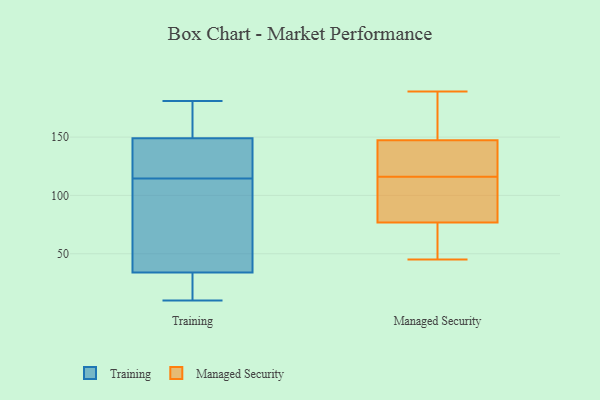
{"axis": {"x": "Latency (ms)", "y": "Value"}, "legend": ["Managed Security", "Training"], "data": [{"x": "", "y": 165, "type": "Training"}, {"x": "", "y": 116, "type": "Training"}, {"x": "", "y": 11, "type": "Training"}, {"x": "", "y": 122, "type": "Training"}, {"x": "", "y": 66, "type": "Training"}, {"x": "", "y": 24, "type": "Training"}, {"x": "", "y": 53, "type": "Training"}, {"x": "", "y": 119, "type": "Training"}, {"x": "", "y": 179, "type": "Training"}, {"x": "", "y": 10, "type": "Training"}, {"x": "", "y": 149, "type": "Training"}, {"x": "", "y": 113, "type": "Training"}, {"x": "", "y": 13, "type": "Training"}, {"x": "", "y": 113, "type": "Training"}, {"x": "", "y": 34, "type": "Training"}, {"x": "", "y": 175, "type": "Training"}, {"x": "", "y": 131, "type": "Training"}, {"x": "", "y": 181, "type": "Training"}, {"x": "", "y": 181, "type": "Managed Security"}, {"x": "", "y": 64, "type": "Managed Security"}, {"x": "", "y": 82, "type": "Managed Security"}, {"x": "", "y": 108, "type": "Managed Security"}, {"x": "", "y": 189, "type": "Managed Security"}, {"x": "", "y": 188, "type": "Managed Security"}, {"x": "", "y": 136, "type": "Managed Security"}, {"x": "", "y": 45, "type": "Managed Security"}, {"x": "", "y": 75, "type": "Managed Security"}, {"x": "", "y": 116, "type": "Managed Security"}, {"x": "", "y": 145, "type": "Managed Security"}, {"x": "", "y": 113, "type": "Managed Security"}, {"x": "", "y": 72, "type": "Managed Security"}, {"x": "", "y": 116, "type": "Managed Security"}, {"x": "", "y": 148, "type": "Managed Security"}]}